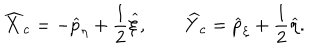
\widehat { X } _ { c } = - \widehat { p } _ { \eta } + \frac { 1 } { 2 } \widehat { \xi } , \qquad \widehat { Y } _ { c } = \widehat { p } _ { \xi } + \frac { 1 } { 2 } \widehat { \eta } .